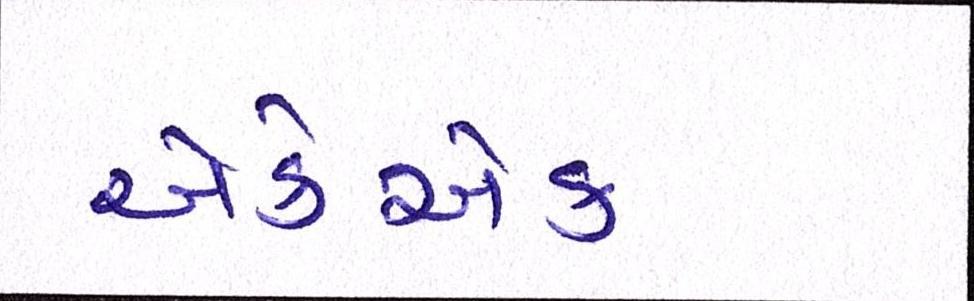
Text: એકેએક